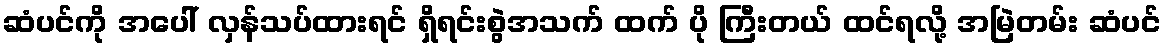
ဆံပင်ကို အပေါ် လှန်သပ်ထားရင် ရှိရင်းစွဲအသက် ထက် ပို ကြီးတယ် ထင်ရလို့ အမြဲတမ်း ဆံပင်